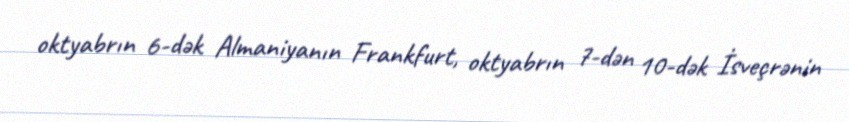
oktyabrın 6-dək Almaniyanın Frankfurt, oktyabrın 7-dən 10-dək İsveçrənin